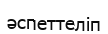
әспеттеліп